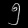
Digit: ၅